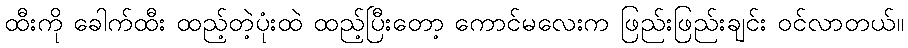
ထီးကို ခေါက်ထီး ထည့်တဲ့ပုံးထဲ ထည့်ပြီးတော့ ကောင်မလေးက ဖြည်းဖြည်းချင်း ဝင်လာတယ်။